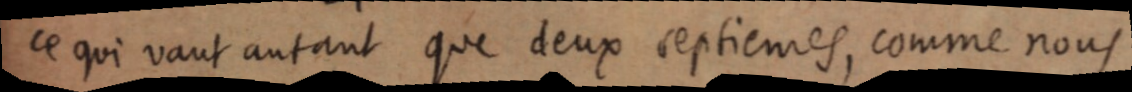
ce qui vaut autant que deux septièmes, comme nous